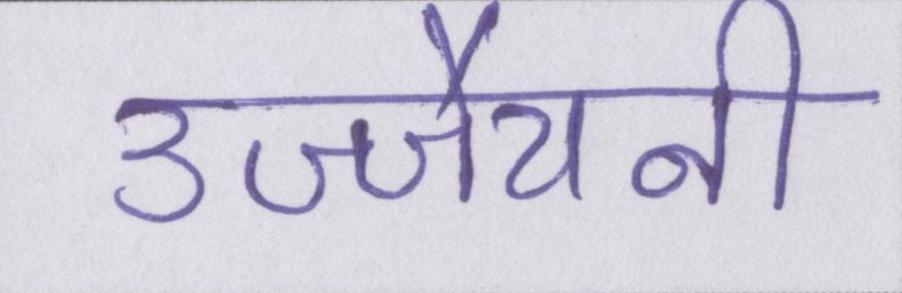
उज्जैयनी